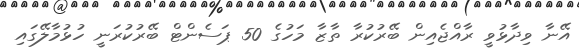
އޭނާ ވިދާޅުވީ ރާއްޖެއިން ބޭރުކުރާ ތާޒާ މަހުގެ 50 ޕަސެންޓް ބޭރުކުރަނީ ހުޅުމާލޭގައި